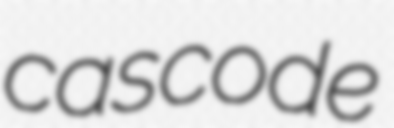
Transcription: cascode